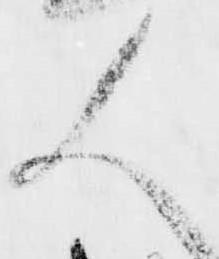
人